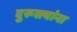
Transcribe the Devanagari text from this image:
दुरूस्त्यांना